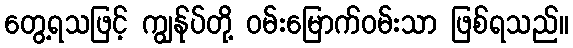
တွေ့ရသဖြင့် ကျွန်ုပ်တို့ ဝမ်းမြောက်ဝမ်းသာ ဖြစ်ရသည်။